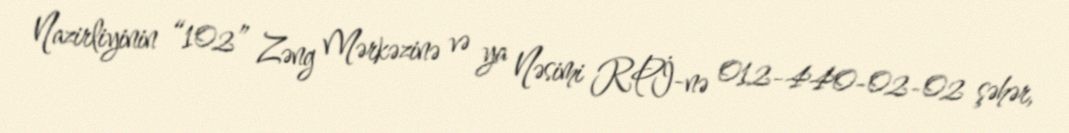
Nazirliyinin “102” Zəng Mərkəzinə və ya Nəsimi RPİ-nə 012-440-02-02 şəhər,